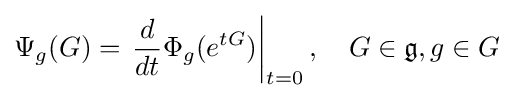
\Psi _{g}(G)=\left.{\frac {d}{dt}}\Phi _{g}(e^{tG})\right|_{t=0},\quad G\in {\mathfrak {g}},g\in G